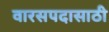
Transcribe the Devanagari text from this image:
वारसपदासाठी